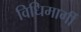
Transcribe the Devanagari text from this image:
विधिमार्गी